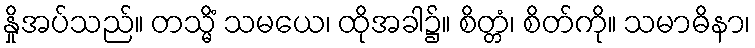
နှိုအပ်သည်။ တသ္မိံ သမယေ၊ ထိုအခါ၌။ စိတ္တံ၊ စိတ်ကို။ သမာဓိနာ၊